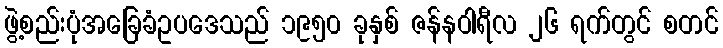
ဖွဲ့စည်းပုံအခြေခံဥပဒေသည် ၁၉၅၀ ခုနှစ် ဇန်နဝါရီလ ၂၆ ရက်တွင် စတင်